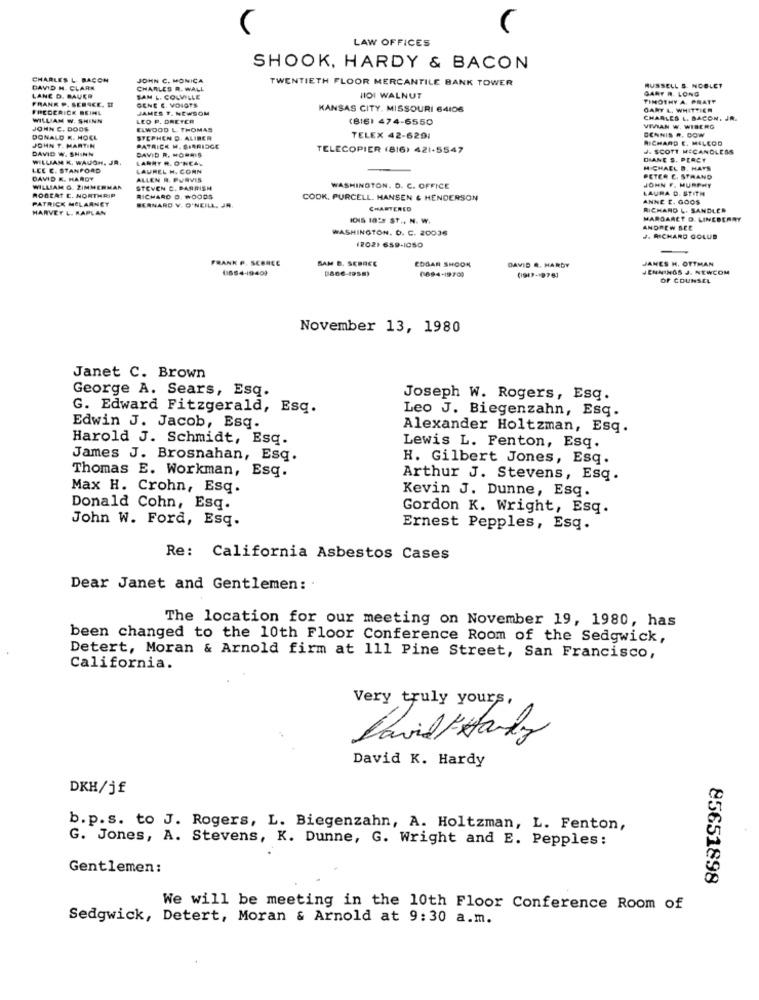
LAW OFFICES
SHOOK, HARDY & BACON
CHARLES L. BACON
JOHN C. MONICA
TWENTIETH FLOOR MERCANTILE BANK TOWER
DAVID H. CLARK
CHARLES R. WALL
RUSSELL S. NOBLET
GART R. LONG
LANE D. BAUER
FRANK P. SERACE. MI
SAM L. COLWILLE
GENE E. VOIGTS
HOI WALNUT
TIMOTHY A. PRATT
FREDERICK BEIML
JAMES T. NEWSOM
KANSAS CITY, MISSOURI 64106
GART L. WHITTIER
WILLIAM W. SHINN
LEO P. DRETER
(816) 474-6550
CHARLES L. BACON. JR.
JOHN C. DOOS
ELWOOD L. THOMAS
VIVIAN W. WIBERG
DENNIS #. DOW
DONALD K. HOCL
STEPHEN D. ALIBER
TELEX 42-6291
RICHARD E. MILCOD
JOHN T. MARTIN
DAVID W. SHINN
PATRICK M. SIBRIDGE
DAVID R. MORRIS
TELECOPIER (816) 421-5547
J. SCOTT MCCANDLESS
WILLIAM K. WAUGH, JR.
LANMY R. O'NEAL
DIANE S. PEACT
LCE C. STANFORD
LAUREL H. CORN
MICHAEL B. HAYS
DAVID &. HARDY
ALLEN R. PURVIS
JOHN F. MURPHY
PETER E. STRAND
ROBERT C. NORTHRIP
WILLIAM G. ZIMMERM
STEVEN C. PARRISH
WASHINGTON. D. C. OFFICE
LAURA D. STITH
PATRICK MCLARNEY
RICHARD O. WOODS
COOK, PURCELL. HANSEN & HENDERSON
ANNE E. GOOS
HARVEY L. KAPLAN
BERNARD V. O'NEILL. JA.
CHARTERED
RICHARD L. SANDLER
IONS 1009 ST .. N. W.
MARGARET D. LINEBERRY
WASHINGTON. D. C. 20036
ANDREW SEE
(202) 659-1050
J. RICHARD GOLUD
FRANK P. SCBREE
SAM D. SEBREE
EDGAR SHOOK
DAVID A. HARDY
JAMES H. OTTMAN
(654-1940)
[666-1958)
(694-1970)
JENNINGS J. NEWCOM
(1917-19761
OF COUNSEL
November 13, 1980
Janet C. Brown
George A. Sears, Esq.
Joseph W. Rogers, Esq.
G. Edward Fitzgerald, Esq.
Leo J. Biegenzahn, Esq.
Edwin J. Jacob, Esq.
Alexander Holtzman, Esq.
Harold J. Schmidt, Esq.
Lewis L. Fenton, Esq.
James J. Brosnahan, Esq.
H. Gilbert Jones, Esq.
Thomas E. Workman, Esq.
Arthur J. Stevens, Esq.
Max H. Crohn, Esq.
Kevin J. Dunne, Esq.
Donald Cohn, Esq.
Gordon K. Wright, Esq.
John W. Ford, Esq.
Ernest Pepples, Esq.
Re: California Asbestos Cases
Dear Janet and Gentlemen: .
The location for our meeting on November 19, 1980, has
been changed to the 10th Floor Conference Room of the Sedgwick,
Detert, Moran & Arnold firm at 111 Pine Street, San Francisco,
California.
Very truly yours
David/ Hardy
David K. Hardy
DKH/jf
b.p.s. to J. Rogers, L. Biegenzahn, A. Holtzman, L. Fenton,
G. Jones, A. Stevens, K. Dunne, G. Wright and E. Pepples:
Gentlemen:
85651898
We will be meeting in the 10th Floor Conference Room of
Sedgwick, Detert, Moran & Arnold at 9:30 a.m.